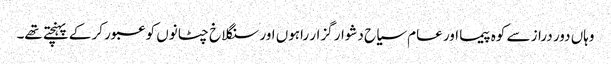
وہاں دور دراز سے کوہ پیما اور عام سیاح دشوار گزار راہوں اور سنگلاخ چٹانوں کو عبور کر کے پہنچتے تھے۔